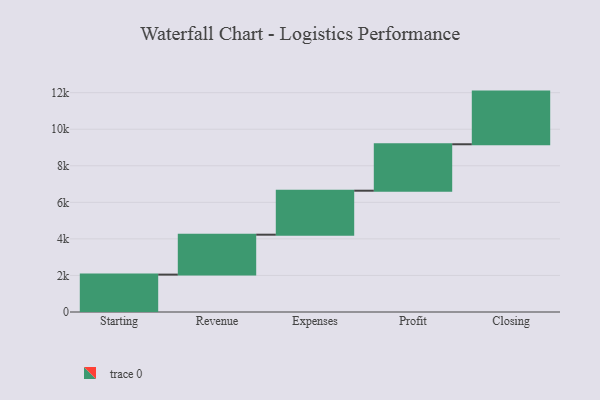
{"axis": {"x": "Step", "y": "Value"}, "legend": [""], "data": [{"x": "Starting", "y": 2046.0, "type": ""}, {"x": "Revenue", "y": 2184.0, "type": ""}, {"x": "Expenses", "y": 2407.0, "type": ""}, {"x": "Profit", "y": 2541.0, "type": ""}, {"x": "Closing", "y": 2881.0, "type": ""}]}